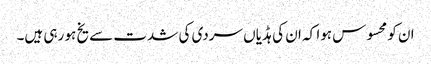
ان کو محسوس ہوا کہ ان کی ہڈیاں سردی کی شدت سے یخ ہو رہی ہیں۔